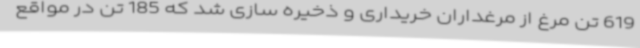
619 تن مرغ از مرغداران خریداری و ذخیره سازی شد که 185 تن در مواقع